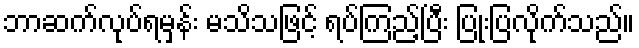
ဘာဆက်လုပ်ရမှန်း မသိသဖြင့် ရပ်ကြည့်ပြီး ပြုံးပြလိုက်သည်။